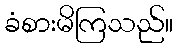
ခံစားမိကြသည်။